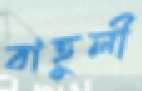
বাহুলী